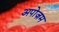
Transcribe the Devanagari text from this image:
अपोज़म